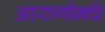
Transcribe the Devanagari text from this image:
आरागोनचे